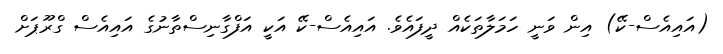
(އައިއެސް-ކޭ) އިން ވަނީ ހަމަލާތަކެއް ދީފައެވެ. އައިއެސް-ކޭ އަކީ އަފްގާނިސްތާނުގެ އައިއެސް ގްރޫޕަށް